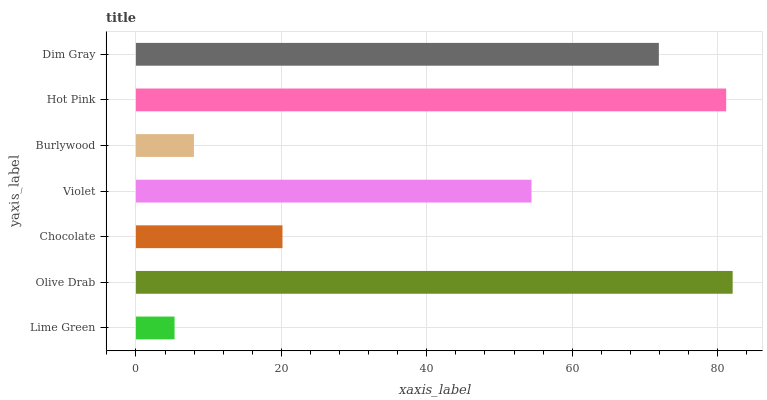
| yaxis_label | bars |
 | --- | --- |
 | Lime Green | 5.31 |
 | Olive Drab | 82.1 |
 | Chocolate | 20.2 |
 | Violet | 54.4 |
 | Burlywood | 7.98 |
 | Hot Pink | 81.2 |
 | Dim Gray | 71.9 |